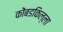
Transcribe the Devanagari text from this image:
कोंबडकिल्ला